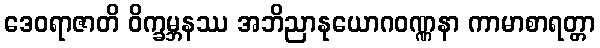
ဒေဝရာဇာတိ ဝိက္ခမ္ဘနဿ အဘိညာနုယောဂဝဏ္ဏနာ ကာမာစာရတ္တာ